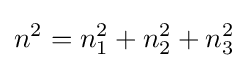
n^{2}=n_{1}^{2}+n_{2}^{2}+n_{3}^{2}